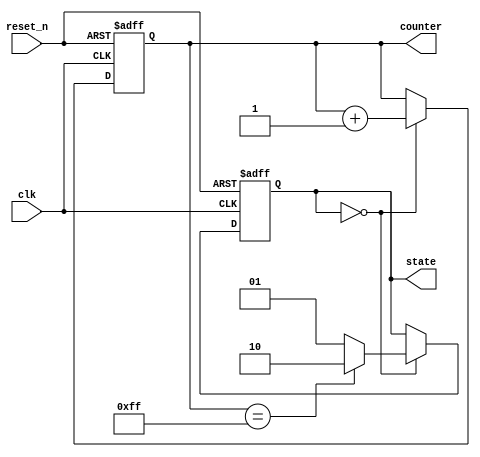
module initialization_example (
    input wire clk,           // Clock signal
    input wire reset_n,      // Active low reset signal
    output reg [7:0] counter, // 8-bit counter
    output reg [1:0] state   // 2-bit state variable
);

// Define states for the state machine
localparam STATE_IDLE = 2'b00;
localparam STATE_RUN  = 2'b01;
localparam STATE_DONE = 2'b10;

// Initialization block for simulation purposes
initial begin
    // Initialize counter to zero
    counter = 8'b0;

    // Initialize state to IDLE
    state = STATE_IDLE;

    // Additional initial conditions can be set here
end

// Sequential logic for reset and counter operation
always @(posedge clk or negedge reset_n) begin
    if (!reset_n) begin
        // Reset condition: setting all registers to initial states
        counter <= 8'b0;
        state <= STATE_IDLE;
    end else begin
        // Example operation: increment counter and change state
        if (state == STATE_IDLE) begin
            counter <= counter + 1;
            if (counter == 8'b11111111) begin
                state <= STATE_DONE; // Move to DONE state when counter is maxed
            end else begin
                state <= STATE_RUN; // Move to RUN state otherwise
            end
        end
    end
end

endmodule